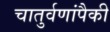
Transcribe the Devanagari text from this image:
चातुर्वणांपैकी